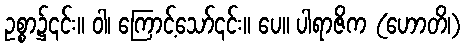
ဥစ္စာ၌၎င်း။ ဝါ၊ ကြောင့်သော်၎င်း။ ပေ။ ပါရာဇိက (ဟောတိ၊)